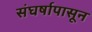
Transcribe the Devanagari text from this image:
संघर्षापासून